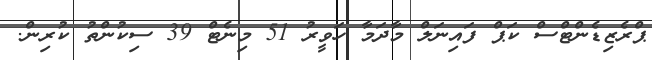
ޕްރެޒިޑެންޓްސް ކަޕް ފައިނަލް މާދަމާ ހަވީރު 51 މިނެޓް 39 ސިކުންތު ކުރިން.